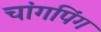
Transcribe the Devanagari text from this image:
चांगपिंग